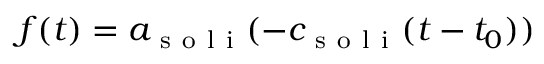
f ( t ) = a _ { \mathrm { ~ s ~ o ~ l ~ i ~ } } ( - c _ { \mathrm { ~ s ~ o ~ l ~ i ~ } } ( t - t _ { 0 } ) )